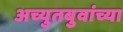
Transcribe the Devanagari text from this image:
अच्युतबुवांच्या